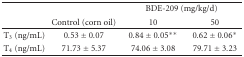
<table><thead><tr><td></td><td></td><td colspan="2"><b>BDE-209 (mg/kg/d)</b></td></tr><tr><td></td><td><b>Control (corn oil)</b></td><td><b>10</b></td><td><b>50</b></td></tr></thead><tbody><tr><td>T<sub>3</sub> (ng/mL)</td><td>0.53 ± 0.07</td><td>0.84 ± 0.05**</td><td>0.62 ± 0.06*</td></tr><tr><td>T<sub>4</sub> (ng/mL)</td><td>71.73 ± 5.37</td><td>74.06 ± 3.08</td><td>79.71 ± 3.23</td></tr></tbody></table>